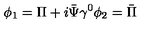
\phi _ { 1 } = \Pi + i \bar { \Psi } \gamma ^ { 0 } \phi _ { 2 } = \bar { \Pi }